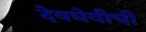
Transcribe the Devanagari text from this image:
देवघेवीची